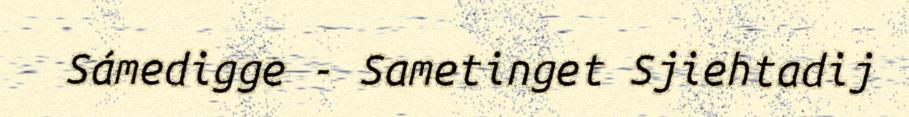
Sámedigge - Sametinget Sjiehtadij